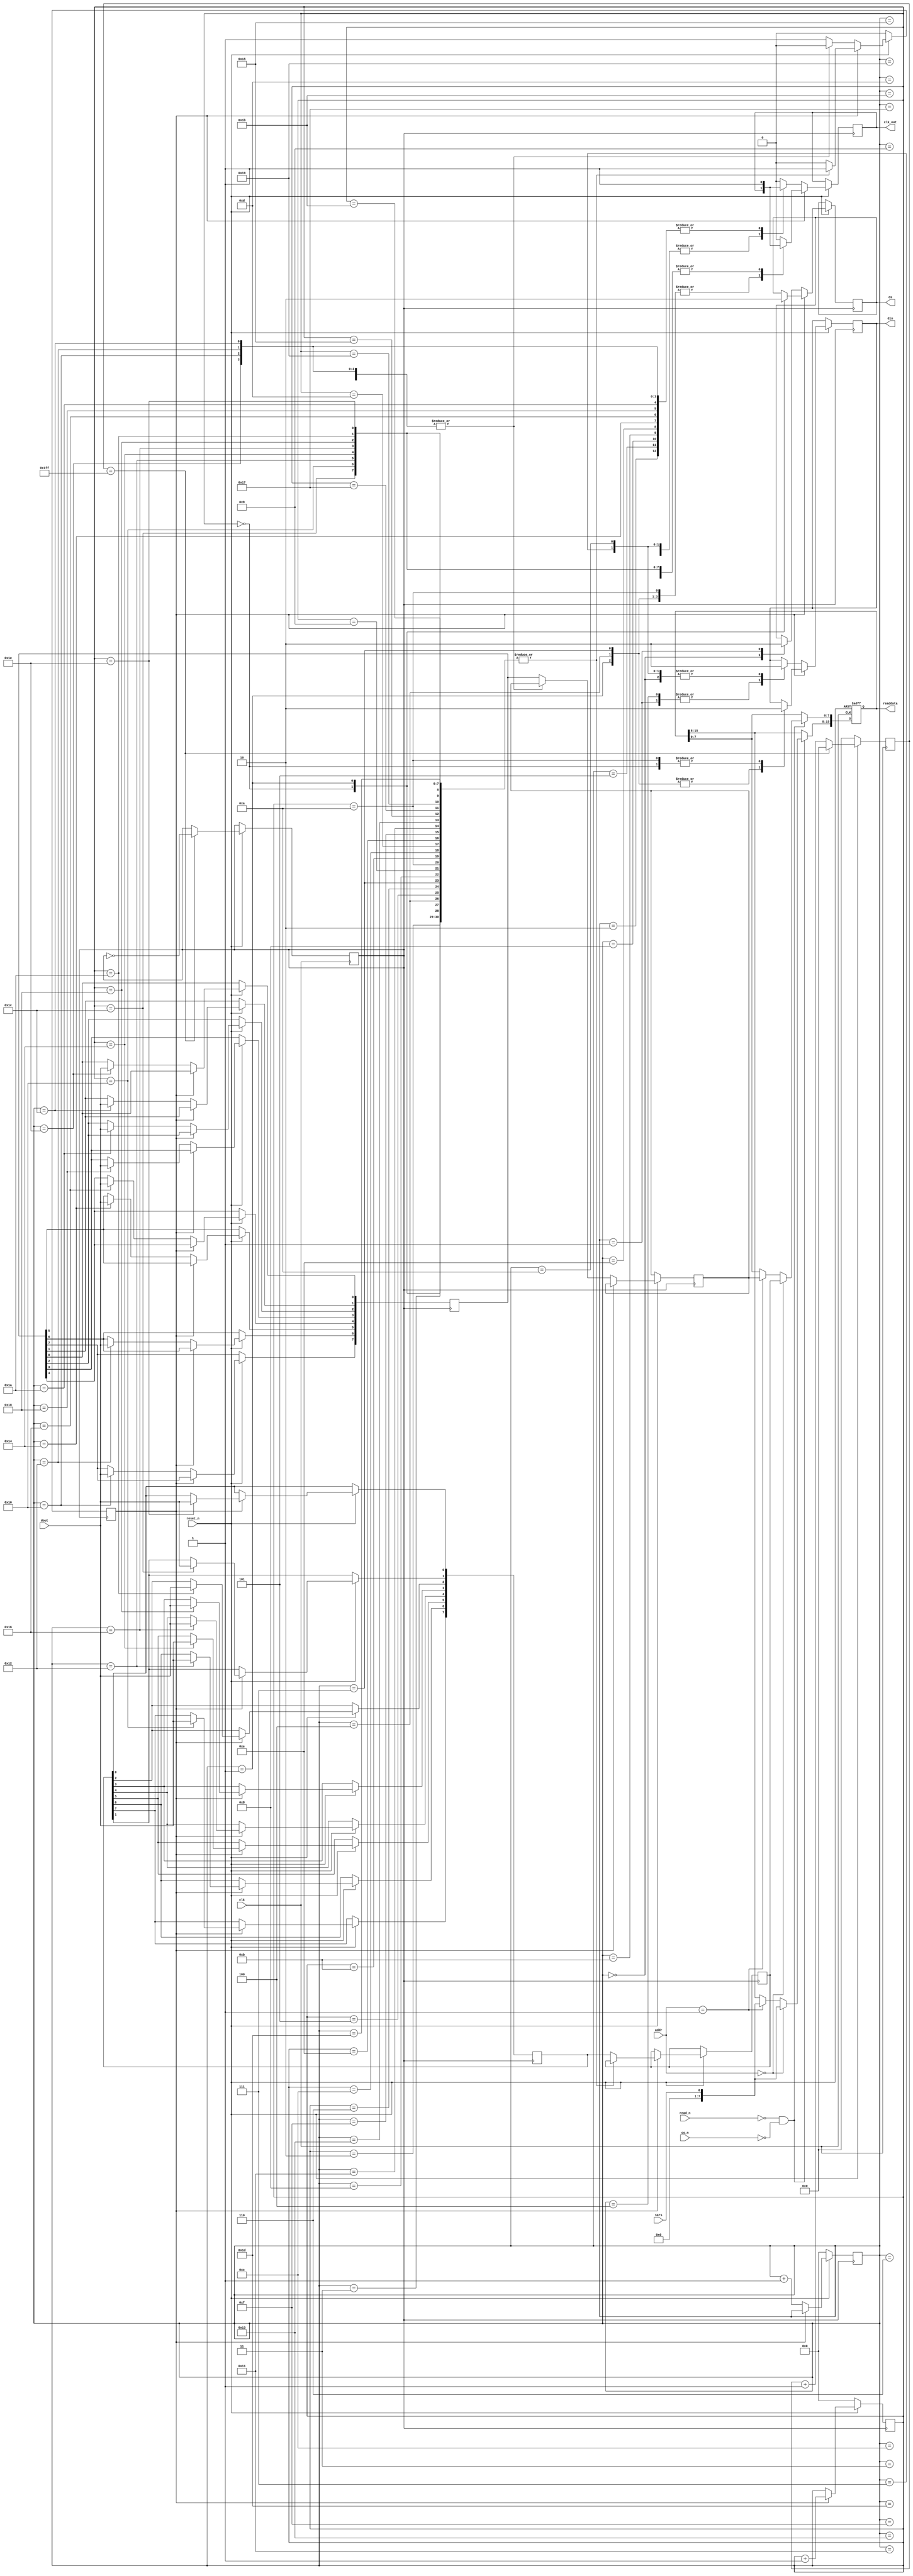
module adgetnew2(clk,reset_n,addr,read_n,cs_n,readdata,clk_out,din,dout,cs,sars);
input clk,read_n,reset_n,cs_n,dout,sars;
input [1:0]addr;
output din,cs,clk_out;
output [15:0]readdata;

reg choice,din,cs,clk_out;
reg [5:0]cnt;
reg [5:0]cnt2;
reg [15:0]readdata;
reg [7:0]powv,capv,powv_tmp,capv_tmp;
reg clk_tmp;
reg [8:0]cntcnt;
reg flag;

always @(posedge clk or negedge reset_n)
begin
     if(reset_n==1'b0)
          readdata[15:0]<=16'd0;
     else
     begin
        if(!read_n&&!cs_n)
        begin
               if(addr==2'b00)
					begin
                 readdata[7:0]<=powv[7:0];
			     readdata[15:8]<={7'd0,sars};
					end
               else if(addr==2'b01)
					begin
                 readdata[7:0]<=capv[7:0];
				 readdata[15:8]<={7'd0,sars};
					end
				else
				begin
				readdata<=readdata;
				end
        end
        else
                 readdata[15:0]<=readdata[15:0];
      end
end


always @(posedge clk) begin
 if(reset_n==1'b0)
 cntcnt<=0;
 else  begin
 if(cntcnt==511) begin
 cntcnt<=0;
 clk_tmp<=!clk_tmp;
 end
 else begin
 cntcnt<=cntcnt+1;
 clk_tmp<=clk_tmp;
 end
 end
 end


always @(posedge clk_tmp) begin
if(reset_n==1'b0)
begin
cnt<=0;
cnt2<=0;
flag<=0;
end

else  begin
if(flag==1'b1)       //ch1  Get_PowVoltage 1110
begin
case(cnt)
                  5'b00000:begin cs<=1;din<=0;clk_out<=0;end//0
   /*start*/      5'b00001:begin cs<=0;din<=1;           end//1
                  5'b00010:begin              clk_out<=1;end//2
   /*SGL (H)*/    5'b00011:begin              clk_out<=0;end
                  5'b00100:begin       din<=1;           end
                  5'b00101:begin              clk_out<=1;end
   /*ODD (H)*/    5'b00110:begin              clk_out<=0;end
                  5'b00111:begin       din<=1;           end
                  5'b01000:begin              clk_out<=1;end
   /*SELECT (L)*/ 5'b01001:begin              clk_out<=0;end
                  5'b01010:begin       din<=0;           end//10
                  5'b01011:begin              clk_out<=1;end

   /* start conversion and wait for SARS to be pulled up */
                  5'b01100:begin              clk_out<=0;end
                  5'b01101:begin              clk_out<=0;end
                  5'b01110:begin              clk_out<=1;end
                  
                  5'b01111:begin              clk_out<=0;end
                  5'b10000:begin powv_tmp[7]<=dout;clk_out<=1;end
                  5'b10001:begin              clk_out<=0;end//17
                  5'b10010:begin powv_tmp[6]<=dout;clk_out<=1;end
                  5'b10011:begin              clk_out<=0;end
                  5'b10100:begin powv_tmp[5]<=dout;clk_out<=1;end
                  5'b10101:begin              clk_out<=0;end
                  5'b10110:begin powv_tmp[4]<=dout;clk_out<=1;end
                  5'b10111:begin              clk_out<=0;end
                  5'b11000:begin powv_tmp[3]<=dout;clk_out<=1;end
                  5'b11001:begin              clk_out<=0;end
                  5'b11010:begin powv_tmp[2]<=dout;clk_out<=1;end
                  5'b11011:begin              clk_out<=0;end
                  5'b11100:begin powv_tmp[1]<=dout;clk_out<=1;end
                  5'b11101:begin              clk_out<=0;end//29
                  5'b11110:begin powv_tmp[0]<=dout;clk_out<=1;end
                  default: begin powv<=powv_tmp;clk_out<=0;flag<=1'b0;end
endcase
cnt<=cnt+1;
end 

else //ch0  Get_CapVoltage 1100
begin
case(cnt2)
                  5'b00000:begin cs<=1;din<=0;clk_out<=0;end
   /*start*/      5'b00001:begin cs<=0;din<=1;           end
                  5'b00010:begin              clk_out<=1;end
   /*SGL (H)*/    5'b00011:begin              clk_out<=0;end
                  5'b00100:begin       din<=1;           end
                  5'b00101:begin              clk_out<=1;end
   /*ODD (L)*/    5'b00110:begin              clk_out<=0;end
                  5'b00111:begin       din<=0;           end
                  5'b01000:begin              clk_out<=1;end
   /*SELECT (L)*/ 5'b01001:begin              clk_out<=0;end
                  5'b01010:begin       din<=0;           end
                  5'b01011:begin              clk_out<=1;end

   /* start conversion and wait for SARS to be pulled up */
                  5'b01100:begin              clk_out<=0;end
                  5'b01101:begin              clk_out<=0;end
                  5'b01110:begin              clk_out<=1;end
                  
                  5'b01111:begin              clk_out<=0;end
                  5'b10000:begin capv_tmp[7]<=dout;clk_out<=1;end
                  5'b10001:begin              clk_out<=0;end
                  5'b10010:begin capv_tmp[6]<=dout;clk_out<=1;end
                  5'b10011:begin              clk_out<=0;end
                  5'b10100:begin capv_tmp[5]<=dout;clk_out<=1;end
                  5'b10101:begin              clk_out<=0;end
                  5'b10110:begin capv_tmp[4]<=dout;clk_out<=1;end
                  5'b10111:begin              clk_out<=0;end
                  5'b11000:begin capv_tmp[3]<=dout;clk_out<=1;end
                  5'b11001:begin              clk_out<=0;end
                  5'b11010:begin capv_tmp[2]<=dout;clk_out<=1;end
                  5'b11011:begin              clk_out<=0;end
                  5'b11100:begin capv_tmp[1]<=dout;clk_out<=1;end
                  5'b11101:begin              clk_out<=0;end
                  5'b11110:begin capv_tmp[0]<=dout;clk_out<=1;end
                  default: begin capv<=capv_tmp;   clk_out<=0;flag<=1'b1;end
endcase
cnt2<=cnt2+1;
end 

end
end
          
endmodule